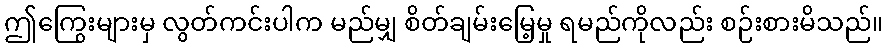
ဤကြွေးများမှ လွတ်ကင်းပါက မည်မျှ စိတ်ချမ်းမြေ့မှု ရမည်ကိုလည်း စဉ်းစားမိသည်။